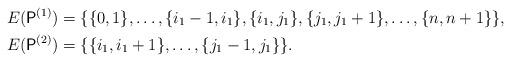
LaTeX: \begin{align*} E(\mathsf{P}^{(1)})&=\{\{0,1\},\dots,\{i_1-1,i_1\},\{i_1,j_1\},\{j_1,j_1+1\},\dots,\{n,n+1\}\},\\ E(\mathsf{P}^{(2)})&=\{\{i_1,i_1+1\},\dots,\{j_1-1,j_1\}\}. \end{align*}